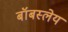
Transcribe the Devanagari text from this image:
बॉबस्लेय